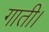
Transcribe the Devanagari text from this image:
गाती।